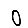
Digit: 0